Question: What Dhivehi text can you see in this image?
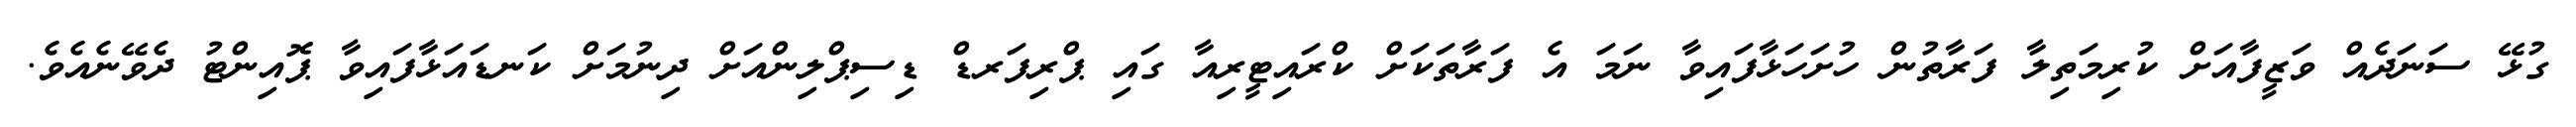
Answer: ގުޅޭ ސަނަދެއް ވަޒީފާއަށް ކުރިމަތިލާ ފަރާތުން ހުށަހަޅާފައިވާ ނަމަ އެ ފަރާތަކަށް ކްރައިޓީރިއާ ގައި ޕްރިފަރޑް ޑިސިޕްލިންއަށް ދިނުމަށް ކަނޑައަޅާފައިވާ ޕޮއިންޓު ދެވޭނެއެވެ.